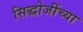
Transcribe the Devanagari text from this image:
सिद्धोजींच्या